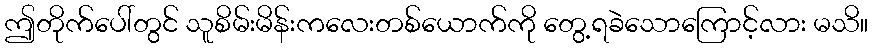
ဤတိုက်ပေါ်တွင် သူစိမ်းမိန်းကလေးတစ်ယောက်ကို တွေ့ရခဲသောကြောင့်လား မသိ။